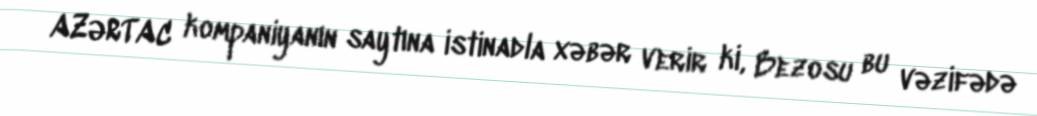
AZƏRTAC kompaniyanın saytına istinadla xəbər verir ki, Bezosu bu vəzifədə